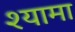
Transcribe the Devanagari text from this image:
श्‍यामा